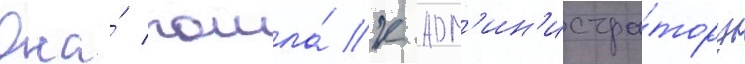
Она́ пошла́ к адм'ин'истра́тору